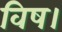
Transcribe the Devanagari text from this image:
विष।